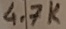
Text: 4.7K